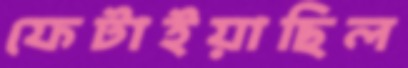
ফেটাইয়াছিল